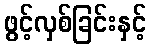
ဖွင့်လှစ်ခြင်းနှင့်